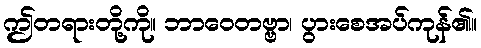
ဤတရားတို့ကို။ ဘာဝေတဗ္ဗာ၊ ပွားစေအပ်ကုန်၏။